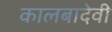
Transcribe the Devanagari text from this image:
कालबादेवी